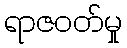
ရာဇဝတ်မှု